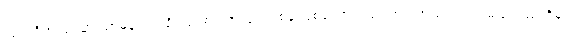
လက်ရှိအလုပ်မှာ သာမန် လုပ်ရိုးလုပ်စဉ် အလုပ်တစ်ခု ဖြစ်သော်လည်း အာကာသထဲတွင် မည်သည်ကိုမှ